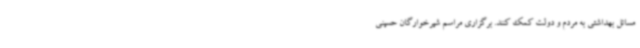
مسائل بهداشتی به مردم و دولت کمک کنند. برگزاری مراسم شیرخوارگان حسینی